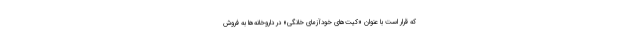
که قرار است با عنوان «کیت‌های خودآزمای خانگی» در داروخانه‌ها به فروش